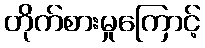
တိုက်စားမှုကြောင့်